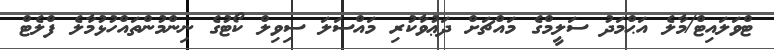
ޓްވަލައިޓް/މާލެ އަޙްމަދު ސަލީމްގެ މައްޗަށް ދަޢުވާކުރި މައްސަލަ ސިވިލް ކޯޓުގެ ނިންމުންތައްހުޅުމާލެ ފްލެޓް